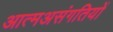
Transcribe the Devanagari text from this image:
आत्मअसंगतियों